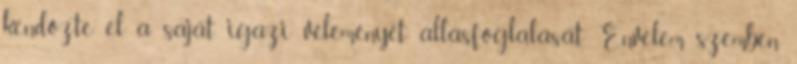
kendőzte el a sa­ját igazi véleményét, állásfoglalását. Énvelem szemben